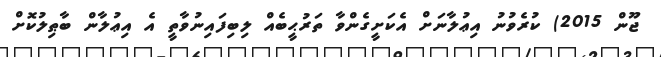
ޖޫން 2015) ކުރެވުނު އިޢުލާނަށް އެކަށީގެންވާ ތަރުޙީބެއް ލިބިފައިނުވާތީ އެ އިޢުލާން ބާޠިލުކޮށް